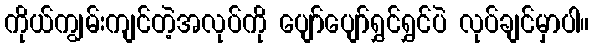
ကိုယ်ကျွမ်းကျင်တဲ့အလုပ်ကို ပျော်ပျော်ရွှင်ရွှင်ပဲ လုပ်ချင်မှာပါ။